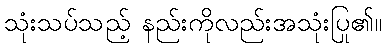
သုံးသပ်သည့် နည်းကိုလည်းအသုံးပြု၏။